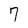
Character: 7